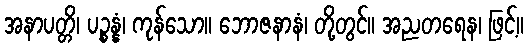
အနာပတ္တိ၊ ပဉ္စန္နံ၊ ကုန်သော။ ဘောဇနာနံ၊ တို့တွင်။ အညတရေန၊ ဖြင့်။